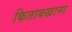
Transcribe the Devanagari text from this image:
किताबखाना